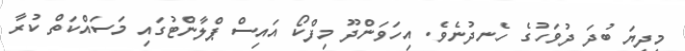
މިދިޔަ ބުދަ ދުވަހުގެ ހެނދުނެވެ. އިހަވަންދޫ މިފްކޯ އައިސް ޕްލާންޓުގައި މަސައްކަތް ކުރާ